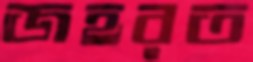
জহরত